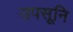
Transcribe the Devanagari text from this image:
उपसूनि